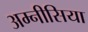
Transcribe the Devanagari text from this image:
अम्नीसिया